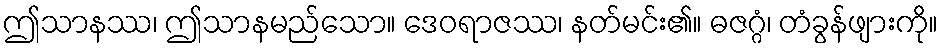
ဤသာနဿ၊ ဤသာနမည်သော။ ဒေဝရာဇဿ၊ နတ်မင်း၏။ ဓဇဂ္ဂံ၊ တံခွန်ဖျားကို။